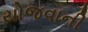
યોજવાની